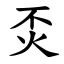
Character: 㶪